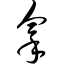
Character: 拿